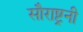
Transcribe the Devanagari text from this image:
सौराष्ट्रनी